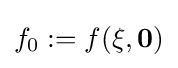
f_{0}:=f({\bf {\xi }},{\bf {0}})